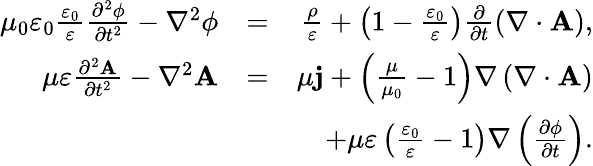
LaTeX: \begin{array}{rlr}{\mu_{0}\varepsilon_{0}\frac{\varepsilon_{0}}{\varepsilon}\frac{\partial^{2}\phi}{\partial t^{2}}-\nabla^{2}\phi}&{=}&{\frac{\rho}{\varepsilon}+\left(1-\frac{\varepsilon_{0}}{\varepsilon}\right)\frac{\partial}{\partial t}\left(\nabla\cdot\mathbf{A}\right),}\\ {\mu\varepsilon\frac{\partial^{2}\mathbf{A}}{\partial t^{2}}-\nabla^{2}\mathbf{A}}&{=}&{\mu\mathbf{j}+\left(\frac{\mu}{\mu_{0}}-1\right)\nabla\left(\nabla\cdot\mathbf{A}\right)}\\ &{}&{+\mu\varepsilon\left(\frac{\varepsilon_{0}}{\varepsilon}-1\right)\nabla\left(\frac{\partial\phi}{\partial t}\right).}\end{array}